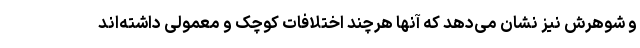
و شوهرش نیز نشان می‌دهد که آنها هرچند اختلافات کوچک و معمولی داشته‌اند